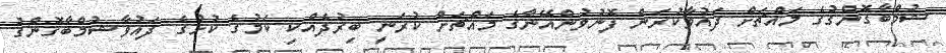
ޝުމްބާގޮންގުގެ މައްޗަށް ދައުވާކުރަން ފޮނުވުންއޭނާގެ މައްޗަށް ކުރަނީ ބިރުދެއްކި ކަމުގެ ކުށުގެ ދައުވާޝުމްބާގޮންގު